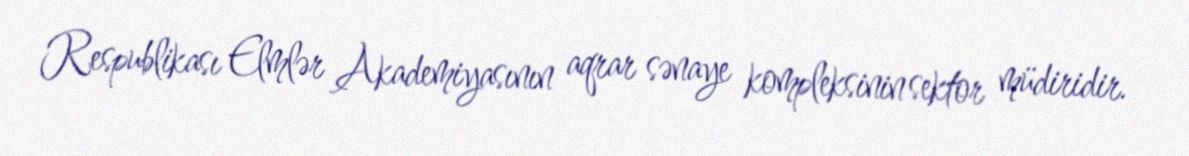
Respublikası Elmlər Akademiyasının aqrar sənaye kompleksinin sektor müdiridir.